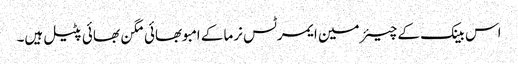
اس بینک کے چیئرمین ایمرٹس نرما کے امبوبھائی مگن بھائی پٹیل ہیں۔